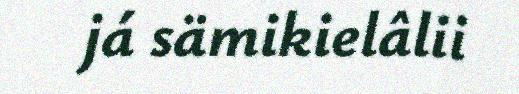
já sämikielâlii